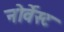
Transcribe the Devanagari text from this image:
नोर्वेस्ट